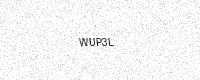
Text: WUP3L